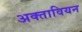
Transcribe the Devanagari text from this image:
अक्तावियन